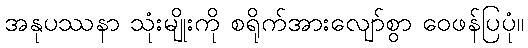
အနုပဿနာ သုံးမျိုးကို စရိုက်အားလျော်စွာ ဝေဖန်ပြပုံ။